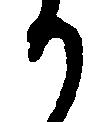
か